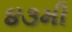
૪૩મી